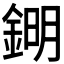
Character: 𨧹